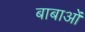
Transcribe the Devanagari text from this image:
बाबाओं